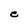
Character: C